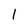
Character: 1